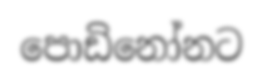
පොඩිනෝනට